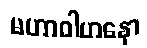
မဟာဝါဟနော